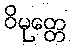
ဝိမုတ္တေ